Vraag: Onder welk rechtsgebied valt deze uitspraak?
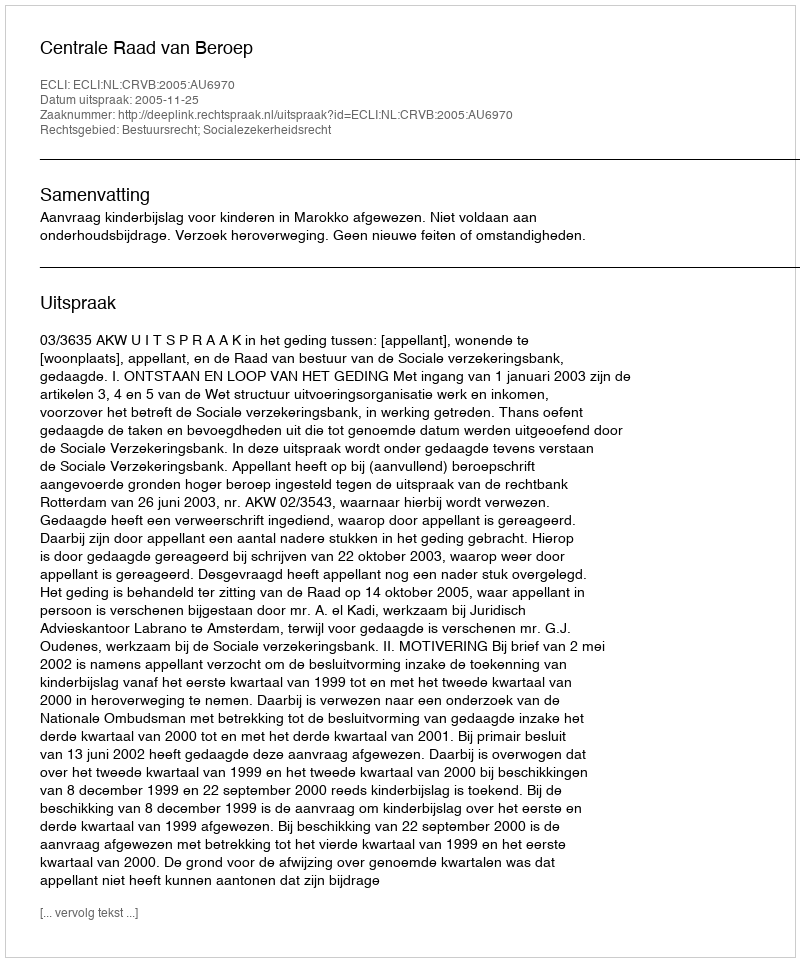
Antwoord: Bestuursrecht; Socialezekerheidsrecht